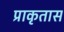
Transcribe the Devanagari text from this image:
प्राकृतास